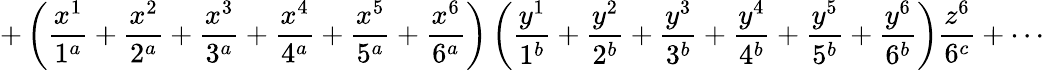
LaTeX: +\left(\frac{x^{1}}{1^{a}}+\frac{x^{2}}{2^{a}}+\frac{x^{3}}{3^{a}}+\frac{x^{4}}{4^{a}}+\frac{x^{5}}{5^{a}}+\frac{x^{6}}{6^{a}}\right)\left(\frac{y^{1}}{1^{b}}+\frac{y^{2}}{2^{b}}+\frac{y^{3}}{3^{b}}+\frac{y^{4}}{4^{b}}+\frac{y^{5}}{5^{b}}+\frac{y^{6}}{6^{b}}\right)\frac{z^{6}}{6^{c}}+\cdots